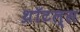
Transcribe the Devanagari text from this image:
थ्रॉटल्स